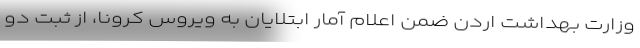
وزارت بهداشت اردن ضمن اعلام آمار ابتلایان به ویروس کرونا، از ثبت دو